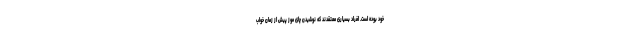
خود بوده است. افراد بسیاری معتقدند که نوشیدن چای موز پیش از زمان خواب